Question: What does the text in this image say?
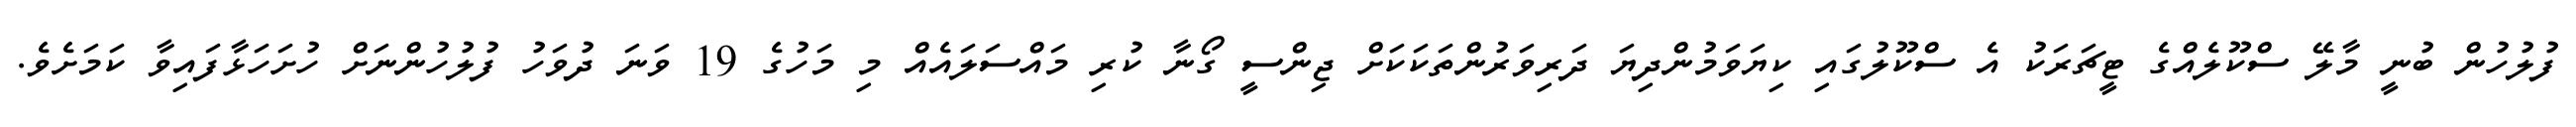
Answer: ފުލުހުން ބުނީ މާލޭ ސްކޫލެއްގެ ޓީޗަރަކު އެ ސްކޫލުގައި ކިޔަވަމުންދިޔަ ދަރިވަރުންތަކަކަށް ޖިންސީ ގޯނާ ކުރި މައްސަލައެއް މި މަހުގެ 19 ވަނަ ދުވަހު ފުލުހުންނަށް ހުށަހަޅާފައިވާ ކަމަށެވެ.